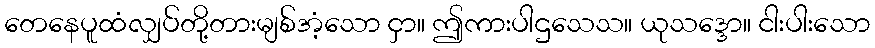
တေနေပူထံလျှပ်တို့တားမျစ်အံ့သော ငှာ။ ဤကားပါဌသေသ။ ယုသဒ္ဒော။ ငါးပါးသော